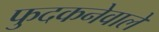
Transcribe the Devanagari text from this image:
फुदकनेवाले